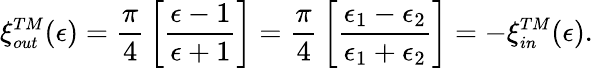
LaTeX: \xi_{\small out}^{\small TM}(\epsilon)={\frac{\pi}{4}}\left[{\frac{\epsilon-1}{\epsilon+1}}\right]={\frac{\pi}{4}}\left[{\frac{\epsilon_{1}-\epsilon_{2}}{\epsilon_{1}+\epsilon_{2}}}\right]=-\xi_{\small in}^{\small TM}(\epsilon).